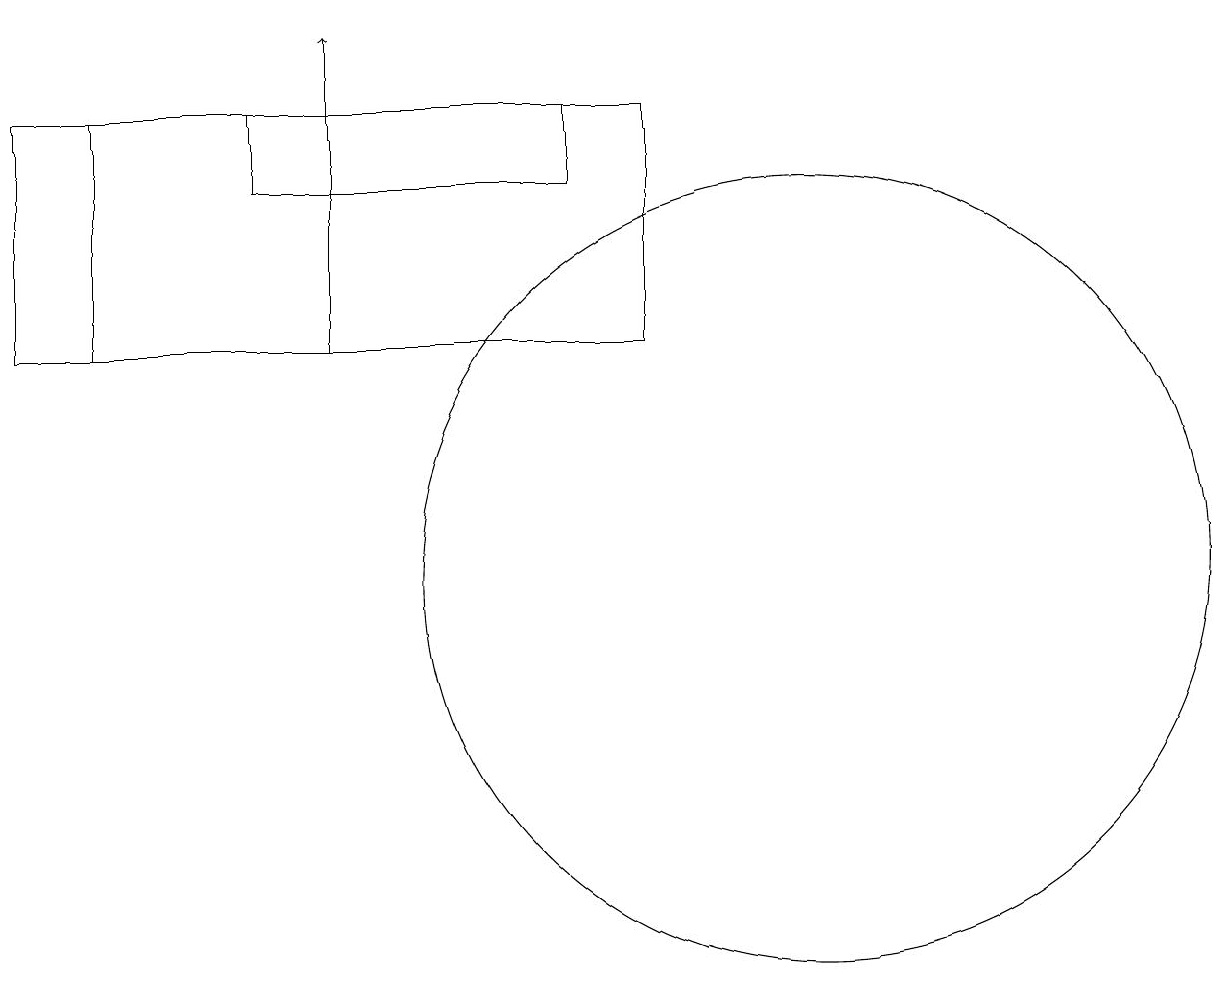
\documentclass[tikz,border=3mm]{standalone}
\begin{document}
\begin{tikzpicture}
\draw (11,10) circle (5);
\draw (5,16) rectangle (5,16);
\draw[->] (5,13) -- (5,17);
\draw (1,13) rectangle (9,16);
\draw (8,16) rectangle (4,15);
\draw (2,13) rectangle (1,16);
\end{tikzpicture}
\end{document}